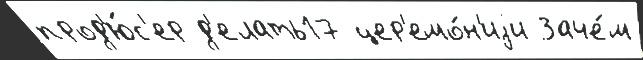
прод'ю́с'ер д'елать17 цер'емо́н'иjи Заче́м